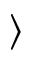
\rangle